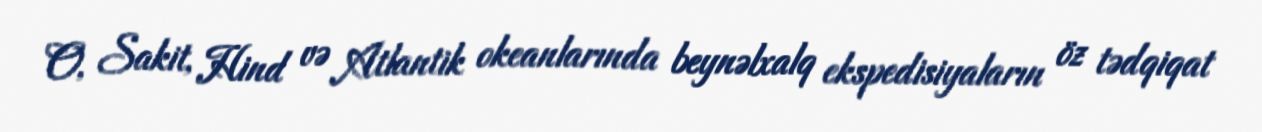
O, Sakit, Hind və Atlantik okeanlarında beynəlxalq ekspedisiyaların öz tədqiqat